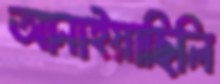
আনাইয়াছিলি